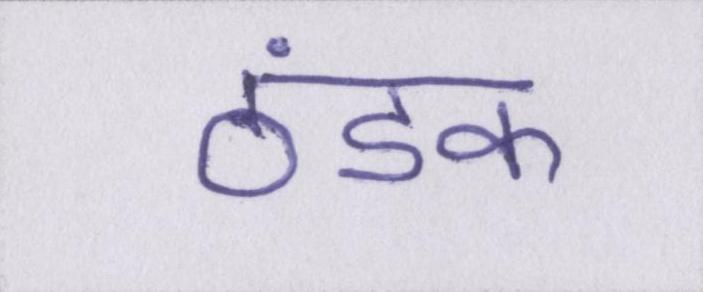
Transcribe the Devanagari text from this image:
ठंडक